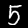
Label: 5